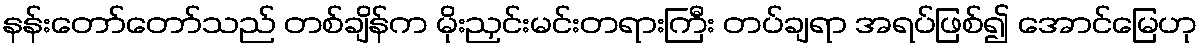
နန်းတော်တော်သည် တစ်ချိန်က မိုးညှင်းမင်းတရားကြီး တပ်ချရာ အရပ်ဖြစ်၍ အောင်မြေဟု